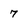
Character: 7